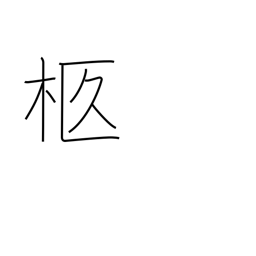
Meaning: bier